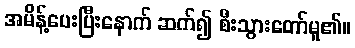
အမိန့်ပေးပြီးနောက် ဆက်၍ စီးသွားတော်မူ၏။